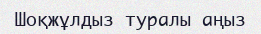
Шоқжұлдыз туралы аңыз